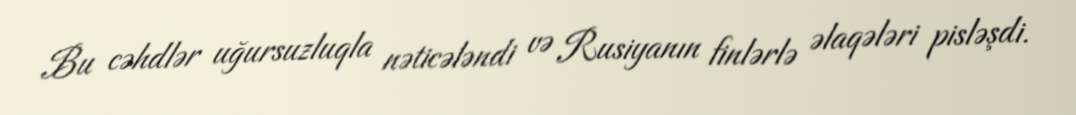
Bu cəhdlər uğursuzluqla nəticələndi və Rusiyanın finlərlə əlaqələri pisləşdi.